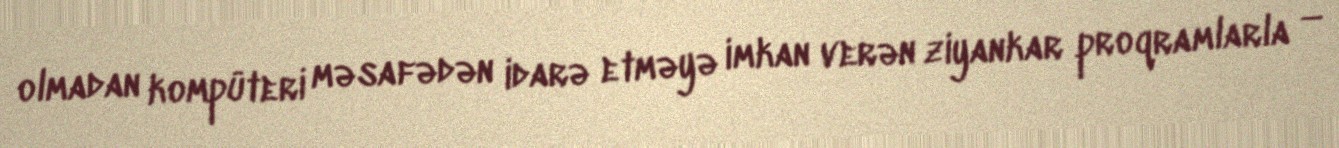
olmadan kompüteri məsafədən idarə etməyə imkan verən ziyankar proqramlarla −